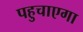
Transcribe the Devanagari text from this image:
पहुचाएगा